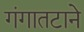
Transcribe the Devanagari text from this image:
गंगातटाने